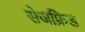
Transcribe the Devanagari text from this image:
सेजफ्रिड